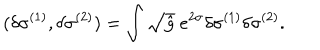
LaTeX: ( \delta \sigma ^ { ( 1 ) } , \delta \sigma ^ { ( 2 ) } ) = \int \sqrt { \hat { g } } ~ e ^ { 2 \sigma } \delta \sigma ^ { ( 1 ) } \delta \sigma ^ { ( 2 ) } .